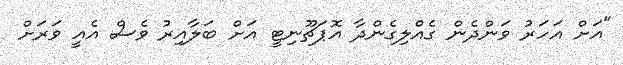
"އަށް އަހަރު ވަންދެން ގެއްލިގެންދާ އޮޕަޗޫނިޓީ އަށް ބަލާއިރު ވެސް އެއީ ވަރަށް